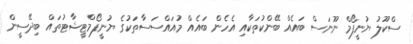
ސްކޫލު ޔުނީފޯމް ނޫނަސް ބައެއް ބޭންކުތަކާއި އެހެން ބައެއް މުއައްސަސާތަކުގެ ޔުނީފޯމްޓީޝާޓުތައް ބިދޭސީން